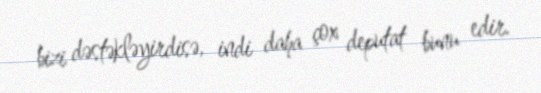
bizi dəstəkləyirdisə, indi daha çox deputat bunu edir.